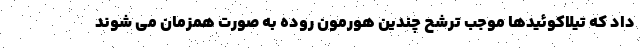
داد که تیلاکوئیدها موجب ترشح چندین هورمون روده به صورت همزمان می شوند